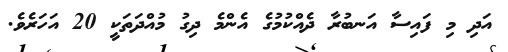
އަދި މި ފައިސާ އަނބުރާ ދެއްކުމުގެ އެންމެ ދިގު މުއްދަތަކީ 20 އަހަރެވެ.